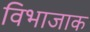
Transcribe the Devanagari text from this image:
विभाजाक